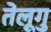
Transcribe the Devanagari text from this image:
तेलूगु